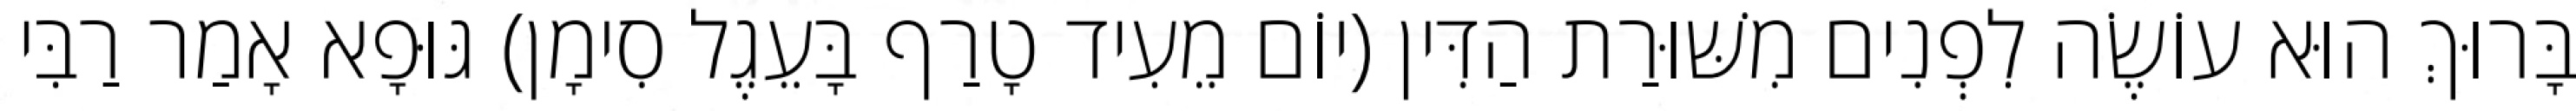
בָּרוּךְ הוּא עוֹשֶׂה לִפְנִים מִשּׁוּרַת הַדִּין (יוֹם מֵעִיד טָרַף בָּעֵגֶל סִימָן) גּוּפָא אָמַר רַבִּי